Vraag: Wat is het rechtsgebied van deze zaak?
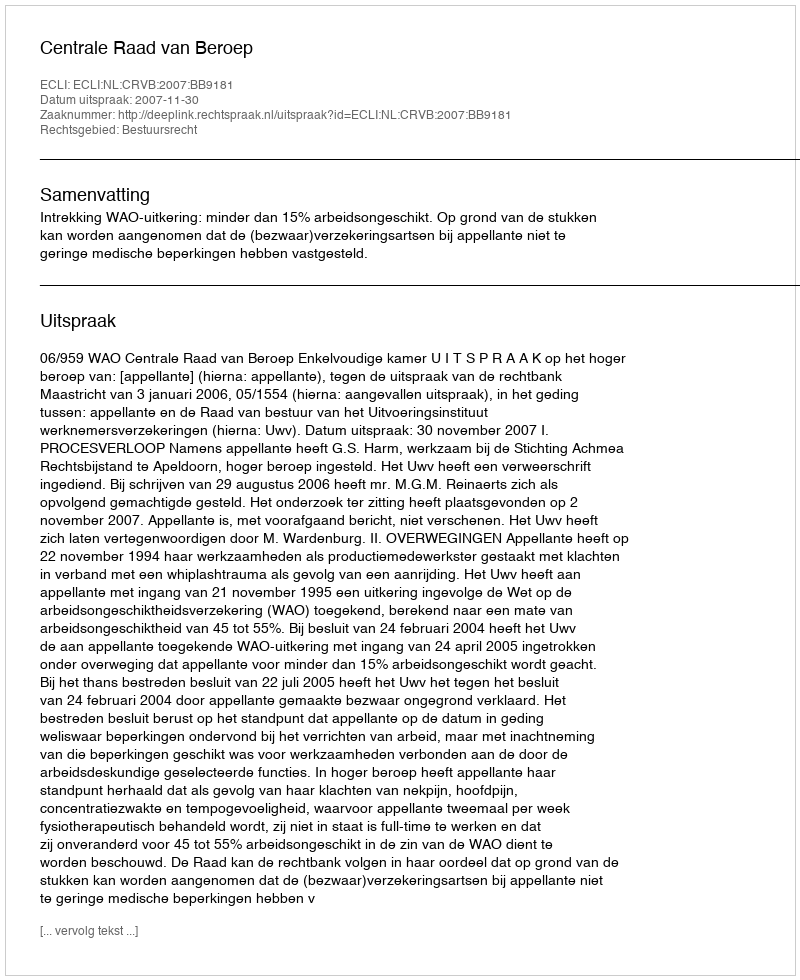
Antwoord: Bestuursrecht